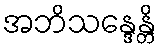
အဘိသန္ဒေန္တိ